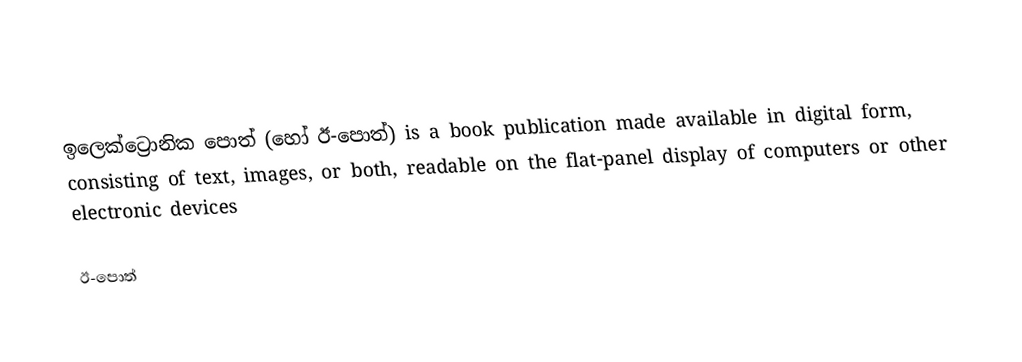
ඉලෙක්ට්‍රොනික පොත් (හෝ ඊ-පොත්) is a book publication made available in digital form, consisting of text, images, or both, readable on the flat-panel display of computers or other electronic devices

ඊ-පොත්